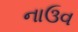
નાઉવ